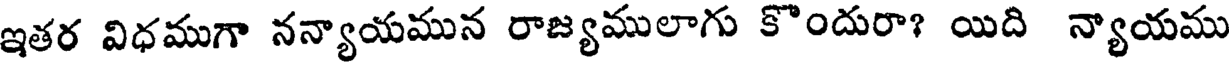
ఇతర విధముగా నన్యాయమున రాజ్యములాగు కొందురా? యిది న్యాయము